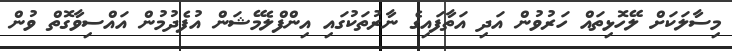
މިސާލަކަށް ލޭހޮޅިތައް ހަރުވުން އަދި އަތާފައިގެ ނާރުތަކުގައި އިންފްލެމޭޝަން އުފެދުމުން އައްސިވާގޮތް ވުން